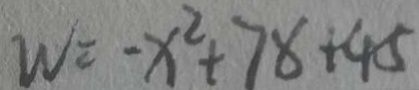
W = - x ^ { 2 } + 7 8 + 4 5